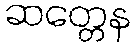
ဆတ္တေန